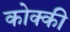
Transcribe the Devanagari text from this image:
कोक्की